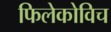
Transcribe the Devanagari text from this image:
फिलेकोविच